DOW-UAP-D25, Mission Report, Greece, January 2024
Agency: Department of War
Incident date: 1/25/24
Incident location: Mediterranean Sea
Page 2
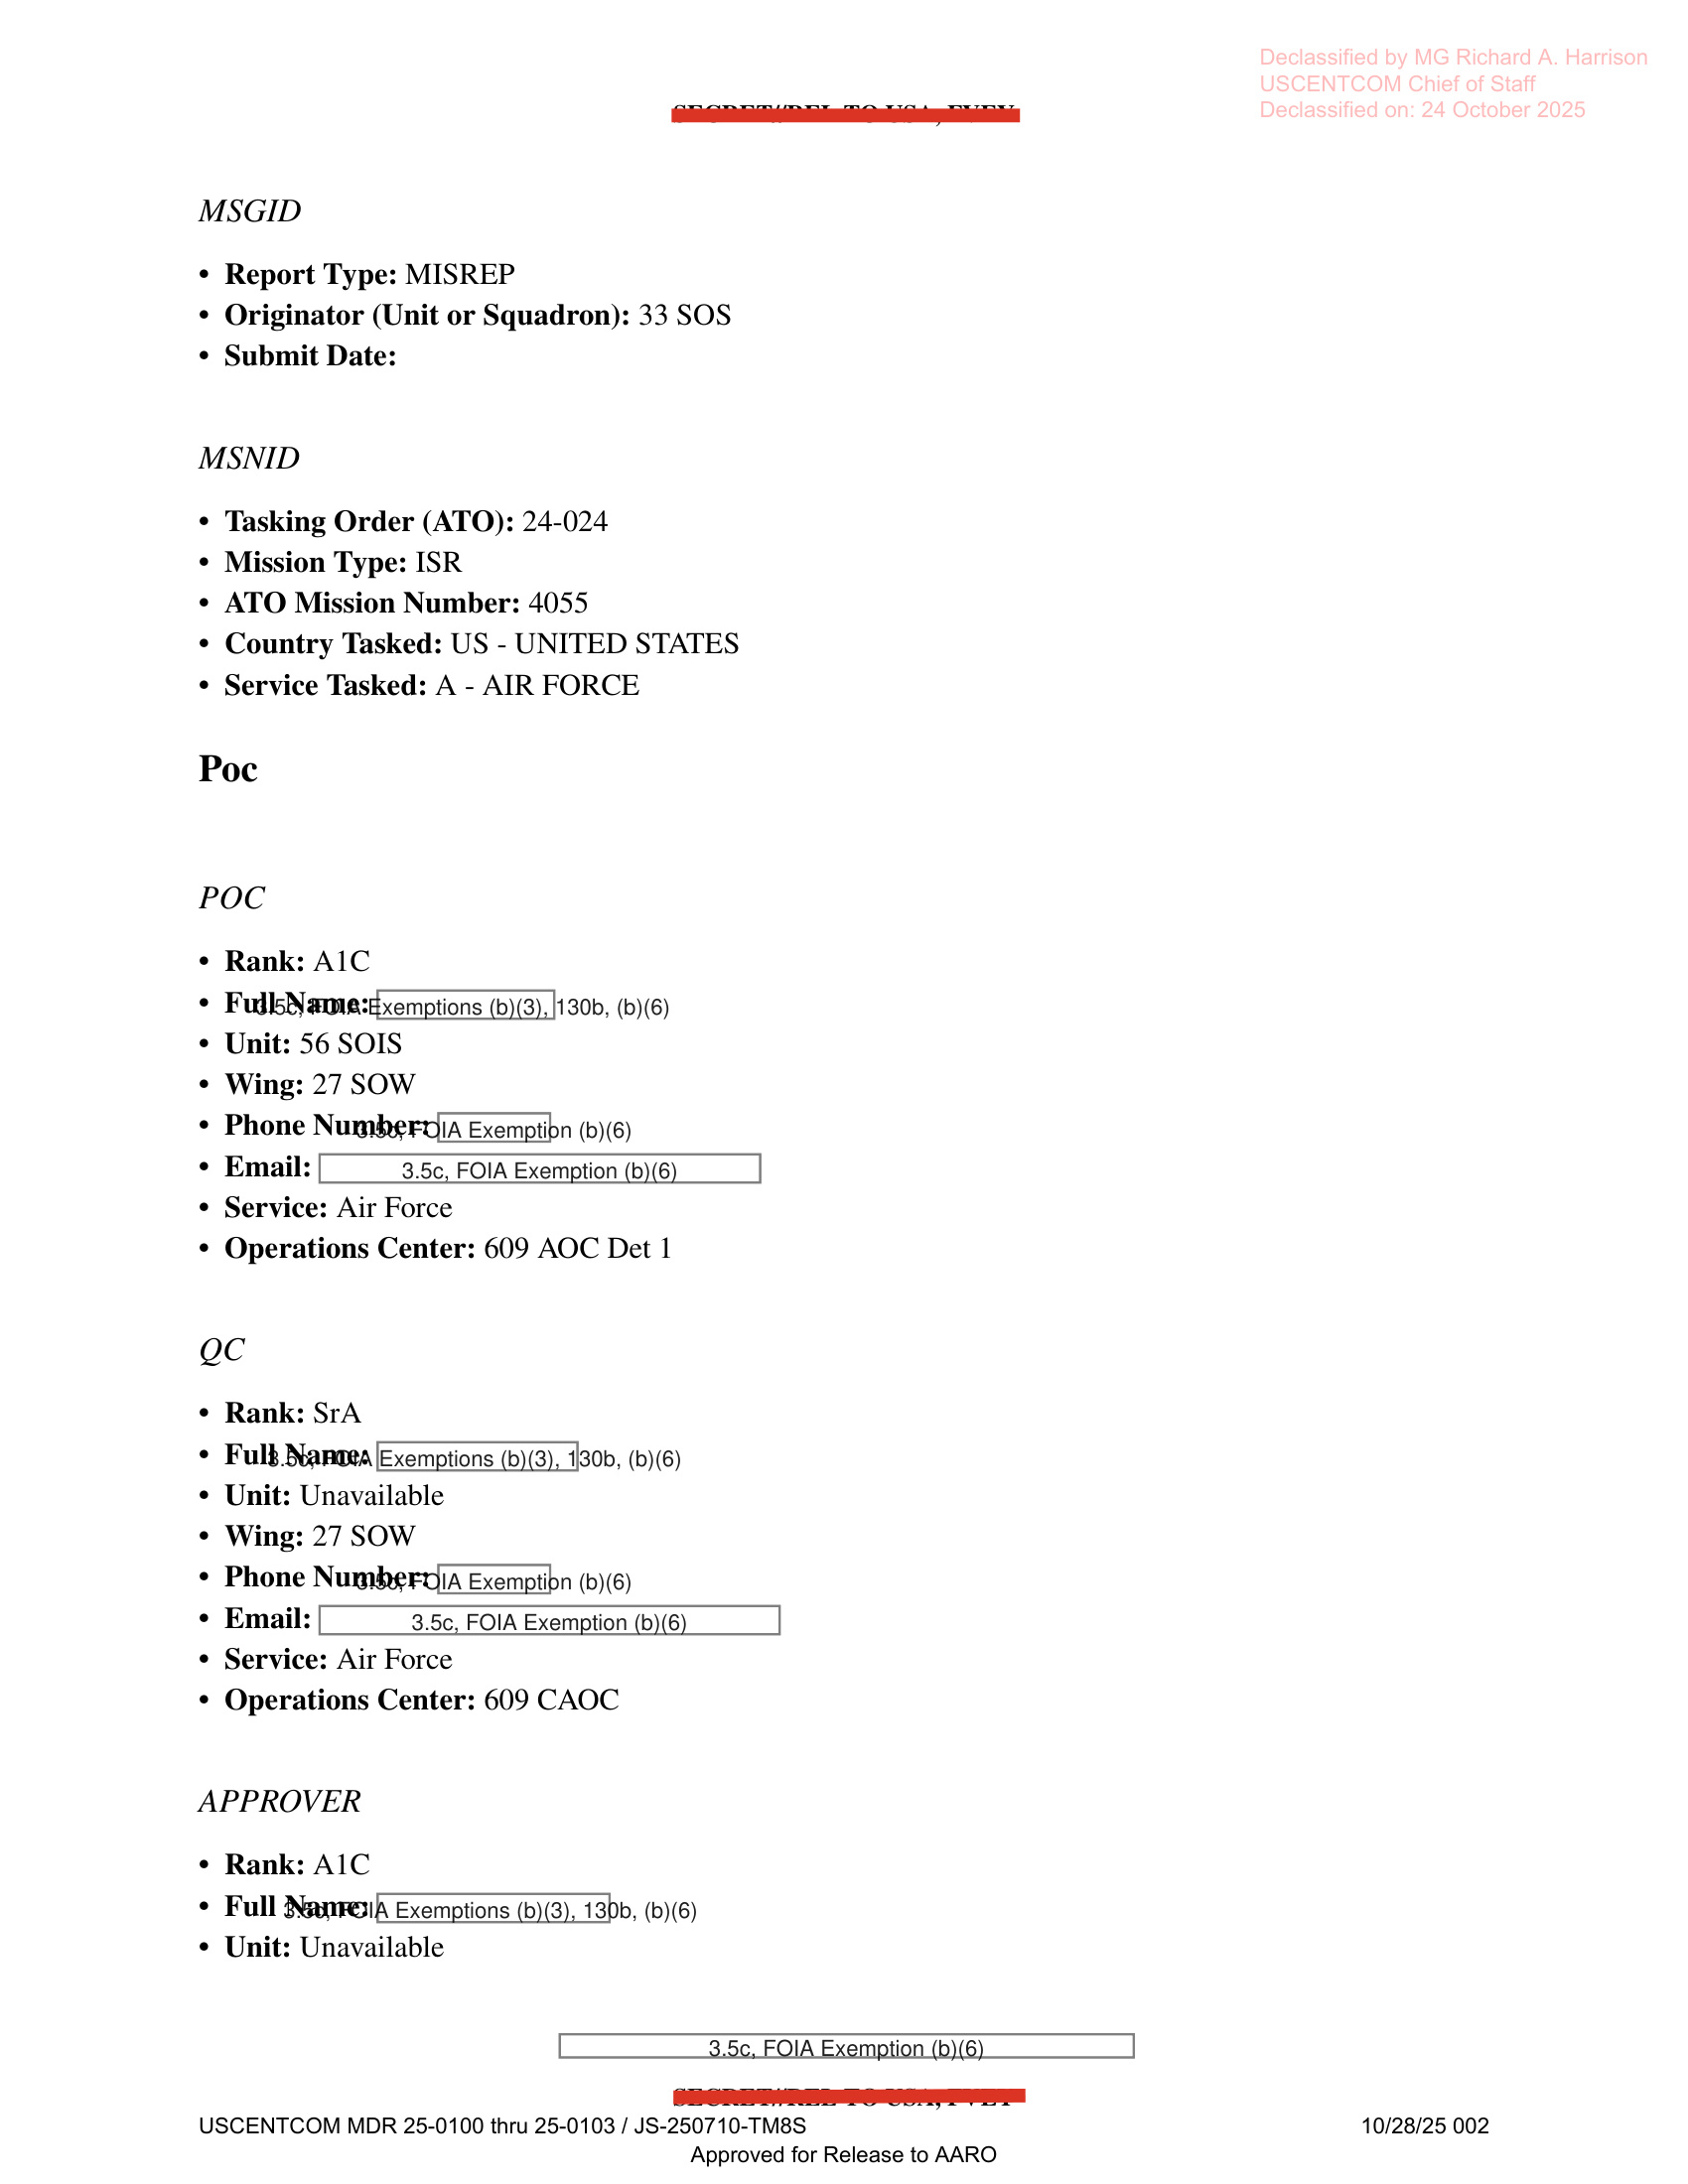